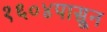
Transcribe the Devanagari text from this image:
१६०४पासून